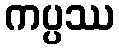
ကပ္ပဿ